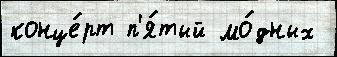
конце́рт п'я́тый мо́дных